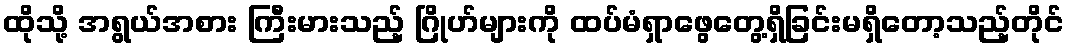
ထိုသို့ အရွယ်အစား ကြီးမားသည့် ဂြိုဟ်များကို ထပ်မံရှာဖွေတွေ့ရှိခြင်းမရှိတော့သည့်တိုင်